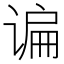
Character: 谝